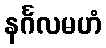
နင်္ဂလမဟံ